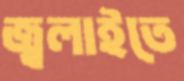
জ্বলাইতে